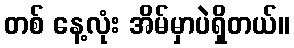
တစ် နေ့လုံး အိမ်မှာပဲရှိတယ်။